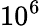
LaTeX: \mathrm{10^{6}}